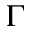
\Gamma